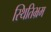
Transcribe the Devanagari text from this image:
स्थितिभ्रम